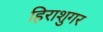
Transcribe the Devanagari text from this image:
हिराशुगर